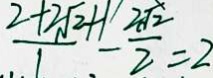
\frac { 2 + 2 \sqrt { 2 } + 1 } { 1 } - \frac { 2 \sqrt { 2 } } { 2 } = 2